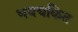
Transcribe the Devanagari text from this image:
भयचकित